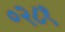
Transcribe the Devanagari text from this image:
०२८१